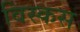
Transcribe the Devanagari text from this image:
विस्कस